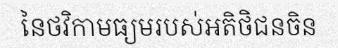
នៃថវិកាមធ្យមរបស់អតិថិជនចិន